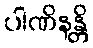
ပါဏိနန္တိ